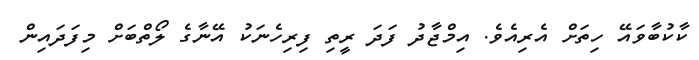
ކާކުބާވައޭ ހިތަށް އެރިއެވެ. އިމްޖާދު ފަދަ ރީތި ފިރިހެނަކު އޭނާގެ ލޯތްބަށް މިފަދައިން